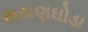
રાયણઘોડા